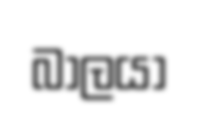
බාලයා